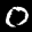
Label: 0